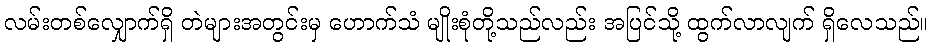
လမ်းတစ်လျှောက်ရှိ တဲများအတွင်းမှ ဟောက်သံ မျိုးစုံတို့သည်လည်း အပြင်သို့ ထွက်လာလျက် ရှိလေသည်။